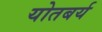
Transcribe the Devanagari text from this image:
योतबर्य